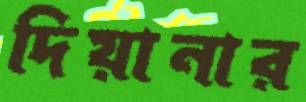
দিয়ানার